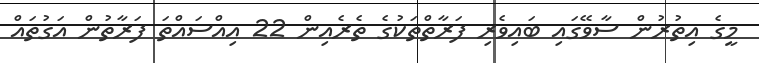
މީގެ އިތުރުން ސާވޭގައި ބައިވެރި ފަރާތްތަކުގެ ތެރެއިން 22 އިއްސައްތަ ފަރާތުން އަގުތައް